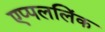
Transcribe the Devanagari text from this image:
एप्पललिंक